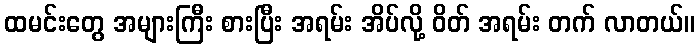
ထမင်းတွေ အများကြီး စားပြီး အရမ်း အိပ်လို့ ဝိတ် အရမ်း တက် လာတယ်။